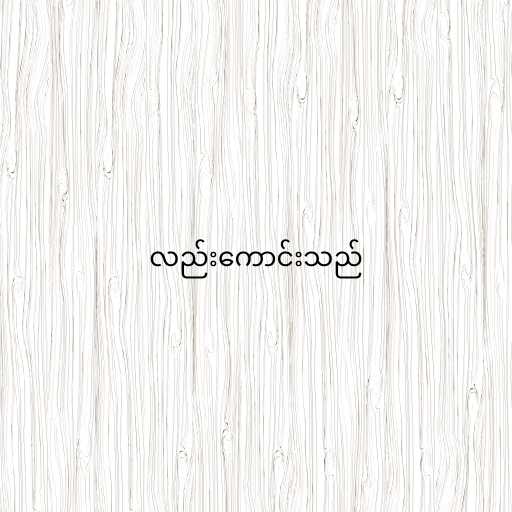
လည်းကောင်းသည်